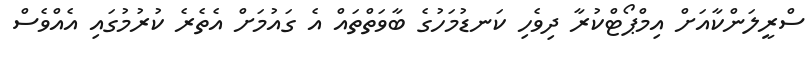
ސްރީލަންކާއަށް އިމްޕޯޓްކުރާ ދިވެހި ކަނޑުމަހުގެ ބާވަތްތައް އެ ގައުމަށް އެތެރެ ކުރުމުގައި އެއްވެސް